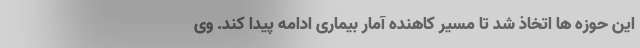
این حوزه ها اتخاذ شد تا مسیر کاهنده آمار بیماری ادامه پیدا کند. وی